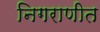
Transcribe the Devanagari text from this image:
निगराणीत